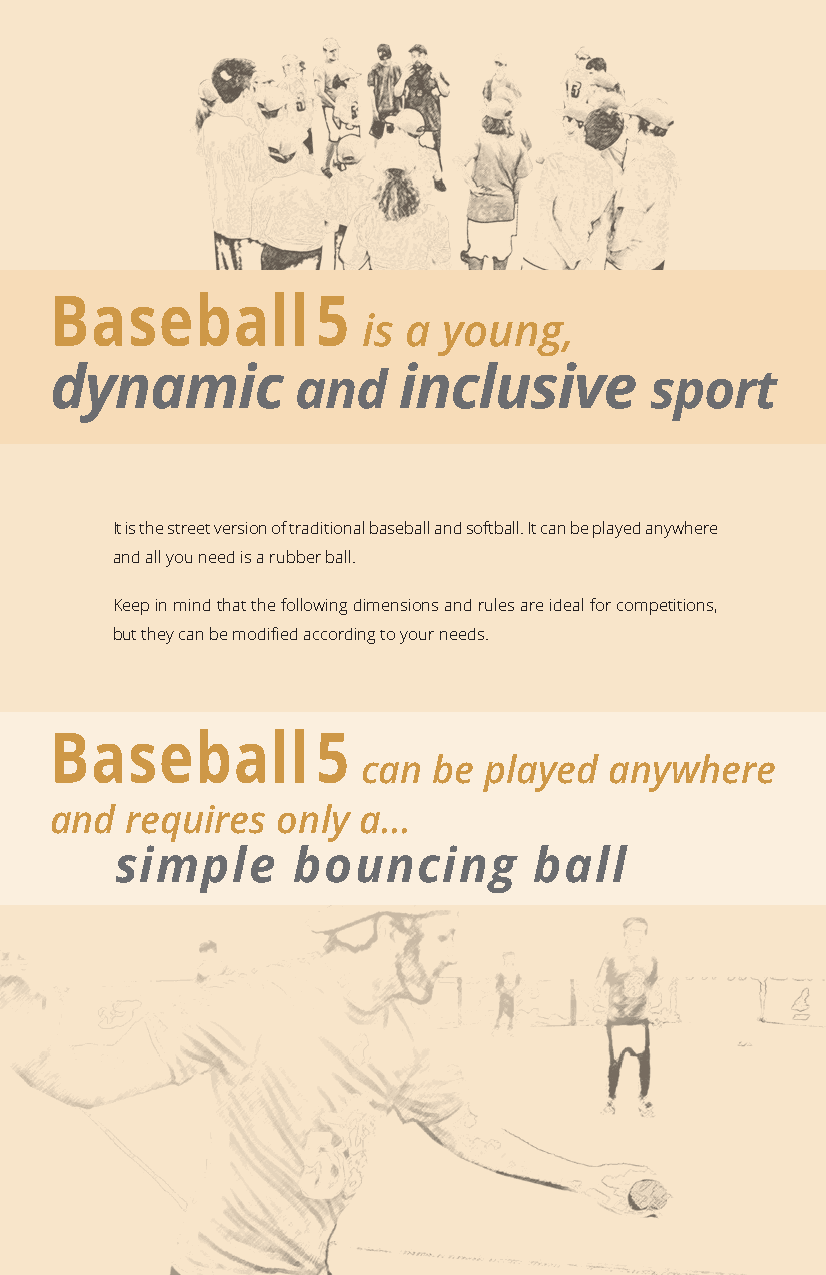
Baseball          5
 is a young,
 dynamic         and    inclusive        sport
 It is the street version of traditional baseball and softball. It can be played anywhere
 and all you need is a rubber ball.
 Keep in mind that the following dimensions and rules are ideal for competitions,
 but they can be modified according to your needs.
 Baseball          5
 can  be played  anywhere
 and  requires  only  a...
 simple     bouncing        ball